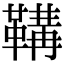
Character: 鞲